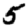
Digit: 5